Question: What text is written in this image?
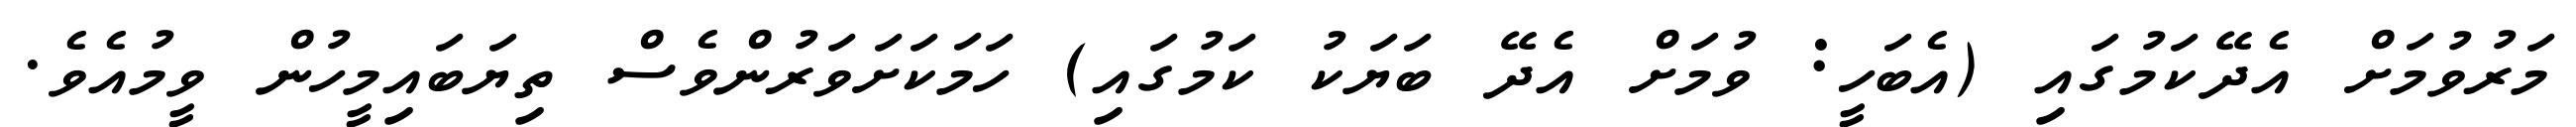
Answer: މަރުވުމަށް އެދޭކަމުގައި (އެބަހީ: ވުމަށް އެދޭ ބަޔަކު ކަމުގައި) ހަމަކަށަވަރުންވެސް ތިޔަބައިމީހުން ވީމުއެވެ.